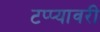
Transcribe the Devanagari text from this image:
टप्प्यावरी